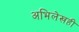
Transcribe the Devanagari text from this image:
अभिलेखही